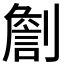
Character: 𠟧